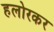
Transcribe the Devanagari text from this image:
हलोरकर